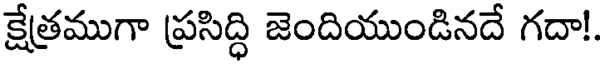
క్షేత్రముగా ప్రసిద్ధి జెందియుండినదే గదా!